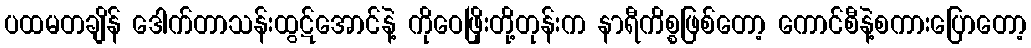
ပထမတချိန် ဒေါက်တာသန်းထွဋ်အောင်နဲ့ ကိုဝေဖြိုးတို့တုန်းက နာရီကိစ္စဖြစ်တော့ ကောင်စီနဲ့စကားပြောတော့